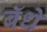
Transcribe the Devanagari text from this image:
बॅधे